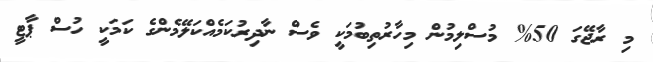
މި ރާޖޭގަ 50% މުސްލިމުން މިހާރުތިބުމަކީ ވެސް ނާދިރުކަމެއްކަލޭމެންގެ ކަމަކީ ހުސް ޕާޓީ